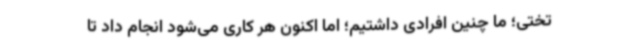
تختی؛ ما چنین افرادی داشتیم؛ اما اکنون هر کاری می‌شود انجام داد تا